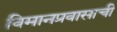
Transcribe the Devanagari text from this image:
विमानप्रवासाची